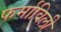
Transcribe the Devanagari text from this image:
फर्माविली